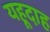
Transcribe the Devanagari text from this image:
यहूदाह